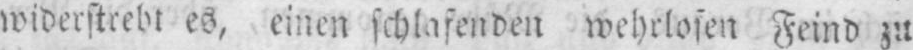
widerstrebt es, einen schlafenden wehrlosen Feind zu